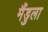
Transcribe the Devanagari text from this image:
मैंडुला